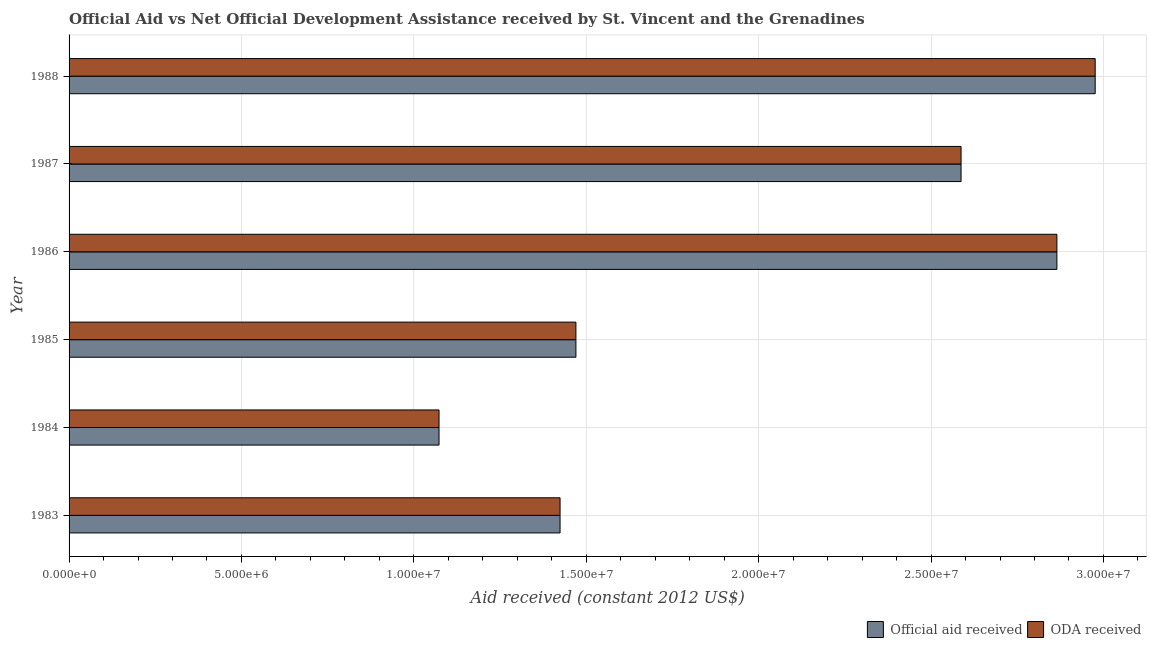
| Year | Official aid received | ODA received |
 | --- | --- | --- |
 | 1983 | 1.42e+07 | 1.42e+07 |
 | 1984 | 1.07e+07 | 1.07e+07 |
 | 1985 | 1.47e+07 | 1.47e+07 |
 | 1986 | 2.86e+07 | 2.86e+07 |
 | 1987 | 2.59e+07 | 2.59e+07 |
 | 1988 | 2.98e+07 | 2.98e+07 |